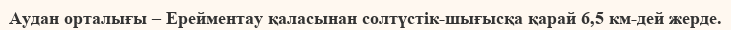
Аудан орталығы – Ерейментау қаласынан солтүстік-шығысқа қарай 6,5 км-дей жерде.